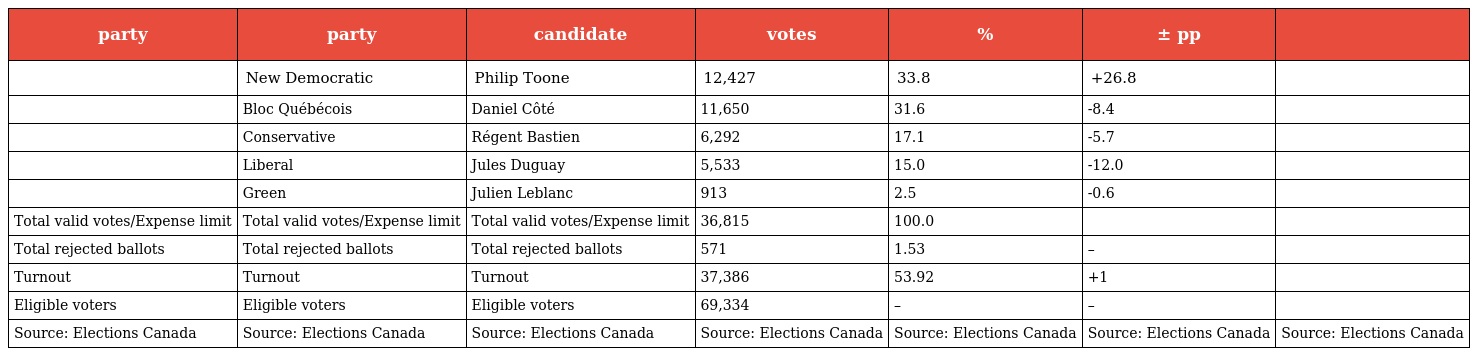
| party | party | candidate | votes | % | ± pp |  |
 | --- | --- | --- | --- | --- | --- | --- |
 |  | New Democratic | Philip Toone | 12,427 | 33.8 | +26.8 |  |
 |  | Bloc Québécois | Daniel Côté | 11,650 | 31.6 | -8.4 |  |
 |  | Conservative | Régent Bastien | 6,292 | 17.1 | -5.7 |  |
 |  | Liberal | Jules Duguay | 5,533 | 15.0 | -12.0 |  |
 |  | Green | Julien Leblanc | 913 | 2.5 | -0.6 |  |
 | Total valid votes/Expense limit | Total valid votes/Expense limit | Total valid votes/Expense limit | 36,815 | 100.0 |  |  |
 | Total rejected ballots | Total rejected ballots | Total rejected ballots | 571 | 1.53 | – |  |
 | Turnout | Turnout | Turnout | 37,386 | 53.92 | +1 |  |
 | Eligible voters | Eligible voters | Eligible voters | 69,334 | – | – |  |
 | Source: Elections Canada | Source: Elections Canada | Source: Elections Canada | Source: Elections Canada | Source: Elections Canada | Source: Elections Canada | Source: Elections Canada |